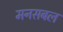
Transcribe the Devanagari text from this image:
मनसबल